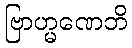
ဗြာဟ္မဏေဘိ